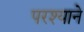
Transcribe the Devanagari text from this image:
परश्याने